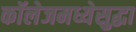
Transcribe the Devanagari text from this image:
कॉलेजमध्येसुद्धा